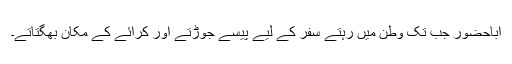
اباحضور جب تک وطن میں رہتے سفر کے لیے پیسے جوڑتے اور کرائے کے مکان بھگتاتے۔